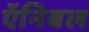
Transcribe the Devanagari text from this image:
ऍनिबल